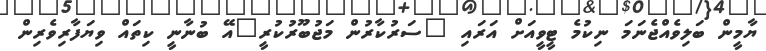
ޔާމީން ބަލިވެއްޖެނަމަ ނިކުމެ ޓީވީއަށް އަރައި "ސަރުކާރުން މަޖުބޫރުކުރީ"އޭ ބުނާނީ ކިތައް ވިޔަފާރިވެރިން